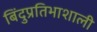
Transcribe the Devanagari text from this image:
बिंदुप्रतिभाशाली